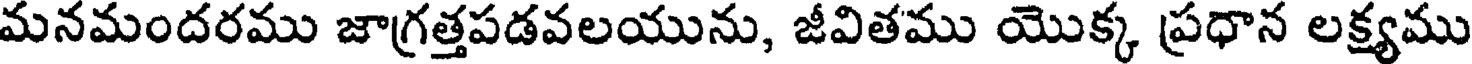
మనమందరము జాగ్రత్తపడవలయును, జీవితము యొక్క ప్రధాన లక్ష్యము